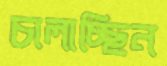
চালাচ্ছিন